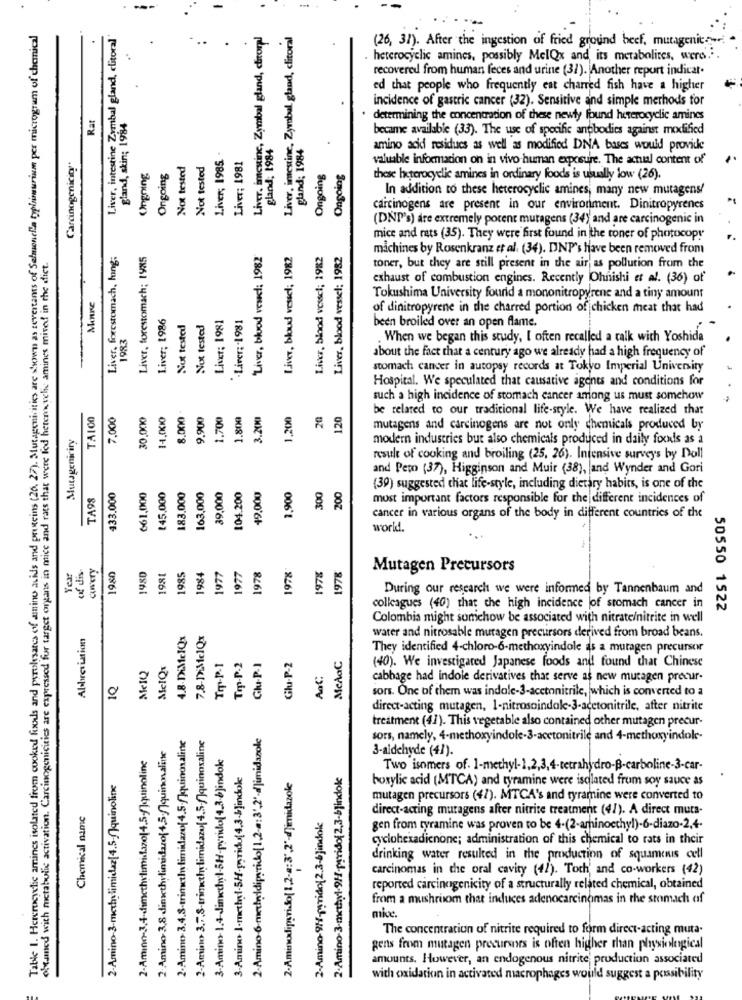
Table 1. Hererocyclic amines isolated from cooked foods and psrolesares of amino acids and proteins (26. 27). Mutagenicities are shown as revertants of Salmonella typhimurium per microgram of chemical
Liver, intestine Zymbal gland, clitoral
Liver. imesine, Zymbal gland, dieor)
Liver, imestine, Zymbal, gland, clitoral
(26, 37). After the ingestion of fried ground beef, mutagenic ---
heterocyclic amines, possibly MelQx and its metabolites, were .; .
recovered from human feces and urine (31). Another report indicat.
ed that people who frequently eat charred fish have a higher
incidence of gastric cancer (32). Sensitive and simple methods for
Rat
gland, skin; 1984
determining the concentration of these newly found heterocyclic amines
became available (33). The use of specific anpbodies against modified
gland; 1984"
gland; 1984
Liver; 1985
amino acidi residues as well as modified DNA bases would provide
Carcinogenicin"
Not tested
Not tested
Liver; 1981
valuable information on in vivo human exposure. The actual content of
Ongning
Ongoing
Ongoing
Ongoing
these heterocyclic amines in ordinary foods is usually low (26).
In addition to these heterocyclic amines, many new mutagens!
carcinogens are present in our environment. Dinitropyrenes
(DNP's) are extremely porent mutagens (34) and are carcinogenic in
mice and rats (35). They were first found in the toner of photocop!"
Liver, forestomach, hing:
Liver, forestomach; 1985
'Liver, blood vewel; 1982
Liver, blood vessel; 1982
Liver, blood vessel; 1982
Liver, blood vessel; 1982
machines by Rosenkranz et al. (34). DNP's have been removed from
obtamed with metabolic activation. Carcinogenicities are expressed for target organs in mice and rats that were led heterwycle amines mived in the diet.
toner, but they are still present in the air as pollution from the
exhaust of combustion engines. Recently Ohnishi et al. (36) of
Minne
Tokushima University fourid a mononitropyrene and a tiny amount
Liver; 1986
Liver; 1981
of dinitropyrene in the charred portion of chicken meat that had
Not tested
Not tested
Liver: 1981
1983
been broiled over an open flame.
. When we began this study, I often recalled a talk with Yoshida
about the fact that a century ago we already had a high frequency of
stomach cancer in autopsy records at Tokyo Imperial University
Hospital. We speculated that causative agents and conditions for
such a high incidence of stomach cancer among us must somehow
TALCO
7,000
30,000
14,000
8.000
9,900
1.700
1.800
3.200
1,200
20
120
be related to our tradicional life-style. We have realized that
mutagens and carcinogens are not only chemicals produced by
Mutageniciry
modern industries but also chemicals produced in daily foods as a
result of cooking and broiling (25, 26). Intensive surveys by Doll
and Peto (37), Higginson and Muir (38), and Wynder and Gori
49,000
300
200
TA98
433.000
661,000
145,000
183.000
163,000
39,000
104.200
1,900
(39) suggested that life-style, including dietary habits, is one of the
most important factors responsible for the different incidences of
cancer in various organs of the body in different countries of the
world.
CONVETY
1978
Year
of dis-
1980
1980
1981
1985
1984
1977
1977
1978
1978
1978
Mutagen Precursors
During our research we were informed by Tannenbaum and
colleagues (40) that the high incidence of stomach cancer in
50550 1522
Colombia might somchow be associated with nitrate/nitrite in well
Abbreviation
7.8-DiMelQx
water and nitrosable mutagen precursors derived from broad beans.
McAaC
They identified 4-chloro-6-methoxyindole as a mutagen precursor
MeIQ
AScIQr
Top-P-1
Top-P.2
Glu-P-1
(40). We investigated Japanese foods and found that Chinese
C
2
10
2
cabbage had indole derivatives that serve as new mutagen precur-
sors. One of them was indole-3-acetonitrile, which is converted to a
direct-acting mutagen, 1-nitrosoindole-3-acetonitrile, after nitrite
treatment (47). This vegetable also contained other mutagen precur-
2-Amino- 3,7,8-trimethylimidazu(4.5-/]quinosaline
2-Amino 6-madridiparido( 1,2 m: 3',2' djimidazole
sors, namely, 4-methoxyindole-3-acetonitrile and 4-methoxyindole-
2 Amino-3,8 dinxthylimidazo(4.5 )quinonaline
3-aldehyde (41).
3-Amino J-methyl.SH paridu(4,3-blindok
2-Amino-3-methyl-9H-pyridof2,3-b]indole
Two isomers of. 1-methyl-1,2,3,4-tetrahydro-B-carboline-3-car-
2-Amino-3-methylimidaz[4.5-[]quinoline
2-Aminodipsriso( 1,2-4:3',2'-d]imidazole
boxylic acid (MTCA) and tyramine were isolated from soy sauce as
mutagen precursors (47). MTCA's and tyramine were converted to
Chemical name
direct-acting mutagens after nitrite treatment (4/). A direct muta-
2-Amino-9H-pyridof 2.3-b]indok
gen from ryramine was proven to be 4-(2-aminoethyl)-6-diazo-2,4.
cyclohexadicnone; administration of this chemical to rats in their
drinking water resulted in the production of squamous cell
carcinomas in the oral cavity (42). Toch' and co-workers (42)
reported carcinogenicity of a structurally related chemical, obtained
from a mushroom that induces adenocarcinomas in the stomach af
mice.
The concentration of nitrite required to form direct-acting muta.
gens from mutagen precursors is often higher than physiological
amounts. However, an endogenous nitrite production associated
with oxidation in activated macrophages would suggest a possibility